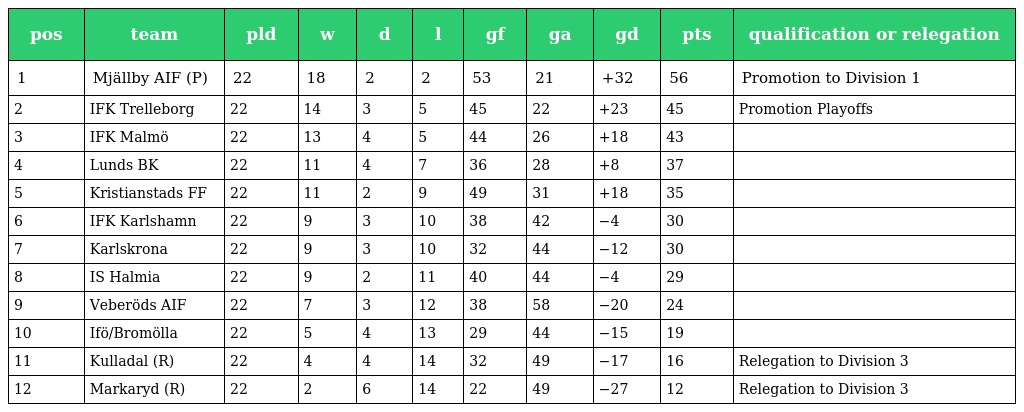
| pos | team | pld | w | d | l | gf | ga | gd | pts | qualification or relegation |
 | --- | --- | --- | --- | --- | --- | --- | --- | --- | --- | --- |
 | 1 | Mjällby AIF (P) | 22 | 18 | 2 | 2 | 53 | 21 | +32 | 56 | Promotion to Division 1 |
 | 2 | IFK Trelleborg | 22 | 14 | 3 | 5 | 45 | 22 | +23 | 45 | Promotion Playoffs |
 | 3 | IFK Malmö | 22 | 13 | 4 | 5 | 44 | 26 | +18 | 43 |  |
 | 4 | Lunds BK | 22 | 11 | 4 | 7 | 36 | 28 | +8 | 37 |  |
 | 5 | Kristianstads FF | 22 | 11 | 2 | 9 | 49 | 31 | +18 | 35 |  |
 | 6 | IFK Karlshamn | 22 | 9 | 3 | 10 | 38 | 42 | −4 | 30 |  |
 | 7 | Karlskrona | 22 | 9 | 3 | 10 | 32 | 44 | −12 | 30 |  |
 | 8 | IS Halmia | 22 | 9 | 2 | 11 | 40 | 44 | −4 | 29 |  |
 | 9 | Veberöds AIF | 22 | 7 | 3 | 12 | 38 | 58 | −20 | 24 |  |
 | 10 | Ifö/Bromölla | 22 | 5 | 4 | 13 | 29 | 44 | −15 | 19 |  |
 | 11 | Kulladal (R) | 22 | 4 | 4 | 14 | 32 | 49 | −17 | 16 | Relegation to Division 3 |
 | 12 | Markaryd (R) | 22 | 2 | 6 | 14 | 22 | 49 | −27 | 12 | Relegation to Division 3 |